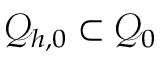
\mathcal { Q } _ { h , 0 } \subset \mathcal { Q } _ { 0 }